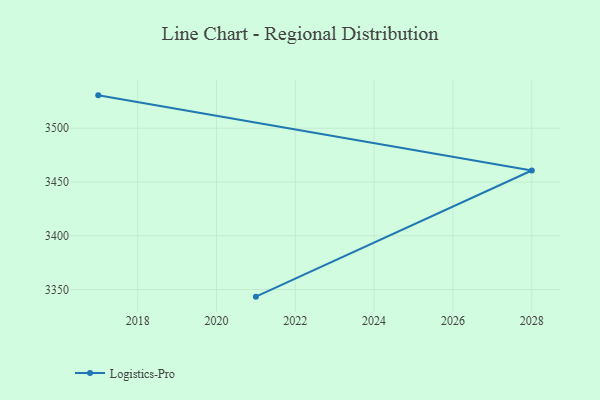
{"axis": {"x": "Year", "y": "Customer Acquisition Cost (USD)"}, "legend": ["Logistics-Pro"], "data": [{"x": "2021", "y": 3343.4, "type": "Logistics-Pro"}, {"x": "2028", "y": 3460.7, "type": "Logistics-Pro"}, {"x": "2017", "y": 3530.6, "type": "Logistics-Pro"}]}